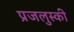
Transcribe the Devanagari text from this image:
प्रजलुस्की